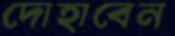
দোহাবেন